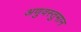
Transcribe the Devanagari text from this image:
अणुवस्तुमान